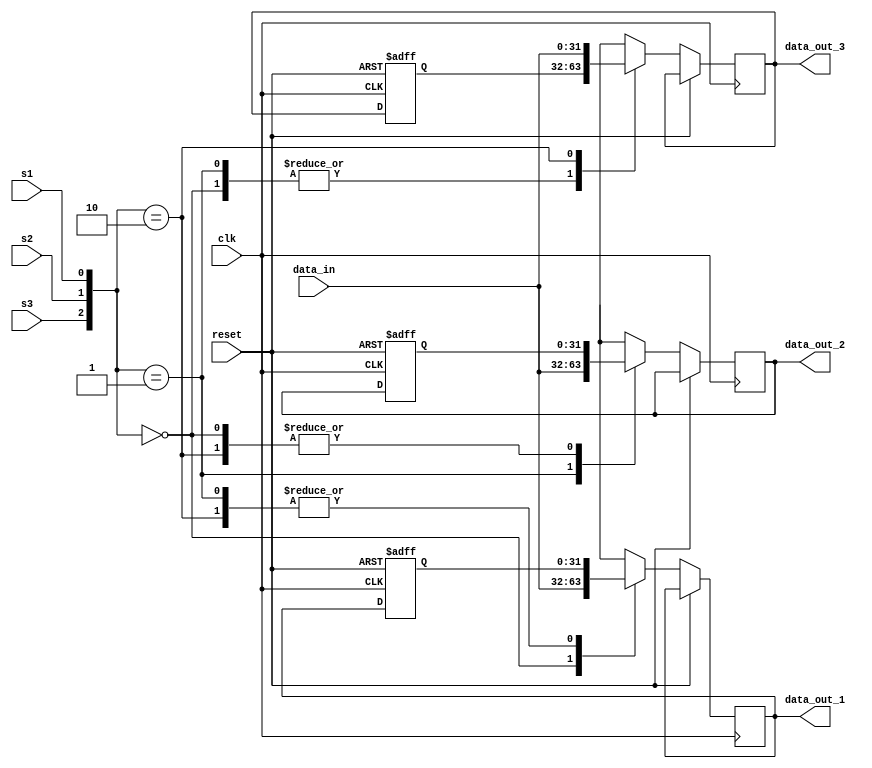
`timescale 1ns / 1ps
//////////////////////////////////////////////////////////////////////////////////
// Company: 
// Engineer: 
// 
// Design Name: 
// Module Name: demux
// Project Name: 
// Target Devices: 
// Tool Versions: 
// Description: 
// 
// Dependencies: 
// 
// Revision:
// Revision 0.01 - File Created
// Additional Comments:
// 
//////////////////////////////////////////////////////////////////////////////////

module demux(
    input [31:0] data_in,
    input s1,
    input s2,
    input s3,
    output reg [31:0] data_out_1,
    output reg [31:0] data_out_2,
    output reg [31:0] data_out_3,
    input clk,
    input reset
);

reg [31:0] prev_data_out_1;
reg [31:0] prev_data_out_2;
reg [31:0] prev_data_out_3;

always @(posedge clk or posedge reset) begin
    if (reset) begin
        prev_data_out_1 <= 32'h0000_0000;
        prev_data_out_2 <= 32'h0000_0000;
        prev_data_out_3 <= 32'h0000_0000;
    end
    else begin
        case ({s3, s2, s1})
            3'b000 : begin
                data_out_1 <= data_in;
                data_out_2 <= prev_data_out_2;
                data_out_3 <= prev_data_out_3;
            end
            3'b001 : begin
                data_out_1 <= prev_data_out_1;
                data_out_2 <= data_in;
                data_out_3 <= prev_data_out_3;
            end
            3'b010 : begin
                data_out_1 <= prev_data_out_1;
                data_out_2 <= prev_data_out_2;
                data_out_3 <= data_in;
            end
            // Add more cases if needed
            default : begin
                data_out_1 <= 32'hXXXX_XXXX; // Default value
                data_out_2 <= 32'hXXXX_XXXX;
                data_out_3 <= 32'hXXXX_XXXX;
            end
        endcase
        prev_data_out_1 <= data_out_1;
        prev_data_out_2 <= data_out_2;
        prev_data_out_3 <= data_out_3;
    end
end

endmodule